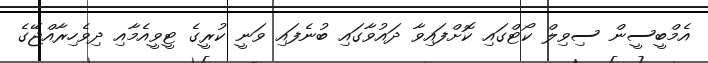
އެމްބީސީން ސިވިލް ކޯޓްގައި ކޮށްފައިވާ ދައުވާގައި ބުނެފައި ވަނީ ކުރީގެ ޓީވީއެމާއި ދިވެހިރާއްޖޭގެ